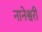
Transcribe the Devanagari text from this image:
नानेश्वरी